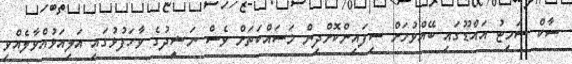
ސާކް ސަމިޓު އައްޑޫގައި ބޭއްވުމަށް ސިފައިންކޮށްދިން މަސައްކަތަށް ވެސް ނަޝީދުގެ ވާހަަފުޅުގައި އަލިއަޅުއްވާލެއްވި